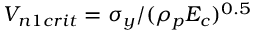
V _ { n 1 c r i t } = \sigma _ { y } / ( \rho _ { p } E _ { c } ) ^ { 0 . 5 }